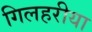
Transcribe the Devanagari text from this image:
गिलहरीया